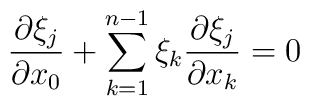
\frac {\partial \xi_{j}}{\partial x_0}+\sum_{k=1}^{n-1}\xi_{k} \frac {\partial \xi_{j}}{\partial x_{k}}=0